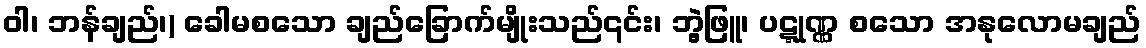
ဝါ၊ ဘန်ချည်၊) ခေါမစသော ချည်ခြောက်မျိုးသည်၎င်း၊ ဘွဲ့ဖြူ၊ ပဋ္ဋုဏ္ဏ စသော အနုလောမချည်